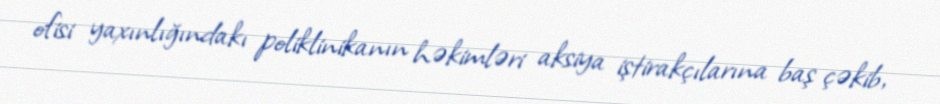
ofisi yaxınlığındakı poliklinikanın həkimləri aksiya iştirakçılarına baş çəkib,